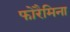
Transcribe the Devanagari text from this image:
फोरैमिना